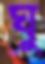
ঘু